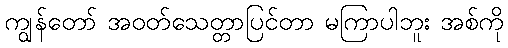
ကျွန်တော် အဝတ်သေတ္တာပြင်တာ မကြာပါဘူး အစ်ကို